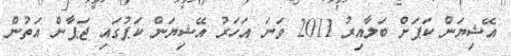
އޭޝިޔަން ކަޕަށް ބަލާއިރު 2011 ވަނަ އަހަރު އޭޝިޔަން ކަޕުގައި ޖަޕާން އަތުން